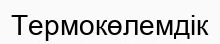
Термокөлемдік